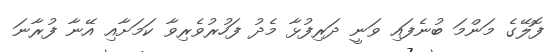
ފޮލޭގެ މަންމަ ބުނެފައި ވަނީ ދަރިފުޅާ މެދު ފަހުރުވެރިވާ ކަމަށާއި އޭނާ ފުރާނަ